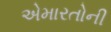
એમારતોની